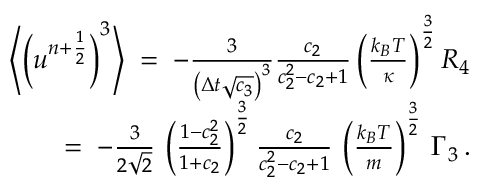
\begin{array} { r l r } & { } & { \left\langle \left( u ^ { n + \frac { 1 } { 2 } } \right) ^ { 3 } \right\rangle \; = \; - \frac { 3 } { \left( \Delta { t } \sqrt { c _ { 3 } } \right) ^ { 3 } } \frac { c _ { 2 } } { c _ { 2 } ^ { 2 } - c _ { 2 } + 1 } \left( \frac { k _ { B } T } { \kappa } \right) ^ { \frac { 3 } { 2 } } { \cal R } _ { 4 } } \\ & { } & { = \; - \frac { 3 } { 2 \sqrt { 2 } } \, \left( \frac { 1 - c _ { 2 } ^ { 2 } } { 1 + c _ { 2 } } \right) ^ { \frac { 3 } { 2 } } \frac { c _ { 2 } } { c _ { 2 } ^ { 2 } - c _ { 2 } + 1 } \, \left( \frac { k _ { B } T } { m } \right) ^ { \frac { 3 } { 2 } } \, \Gamma _ { 3 } \, . } \end{array}